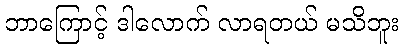
ဘာကြောင့် ဒါလောက် လာရတယ် မသိဘူး